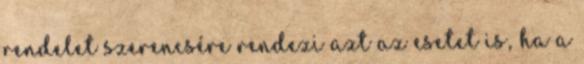
rendelet szerencsére rendezi azt az esetet is, ha a